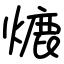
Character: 熝